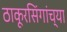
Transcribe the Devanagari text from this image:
ठाकूरसिंगांच्या